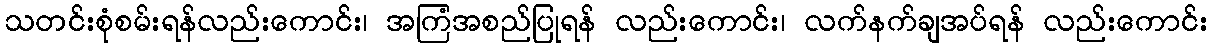
သတင်းစုံစမ်းရန်လည်းကောင်း၊ အကြံအစည်ပြုရန် လည်းကောင်း၊ လက်နက်ချအပ်ရန် လည်းကောင်း